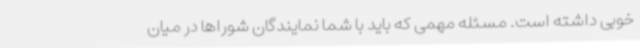
خوبی داشته است. مسئله مهمی که باید با شما نمایندگان شوراها در میان